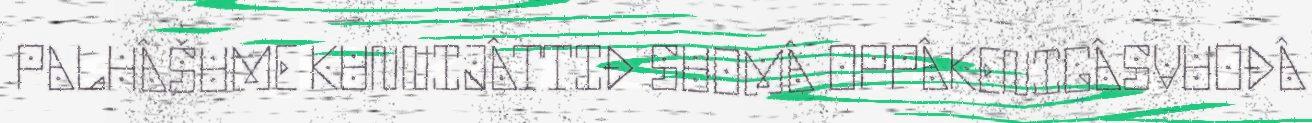
PALHÂŠUME KUNNIJÂTTIĐ SUOMÂ OPPÂKENIGÂSVUOĐÂ